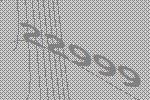
22999